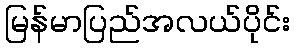
မြန်မာပြည်အလယ်ပိုင်း